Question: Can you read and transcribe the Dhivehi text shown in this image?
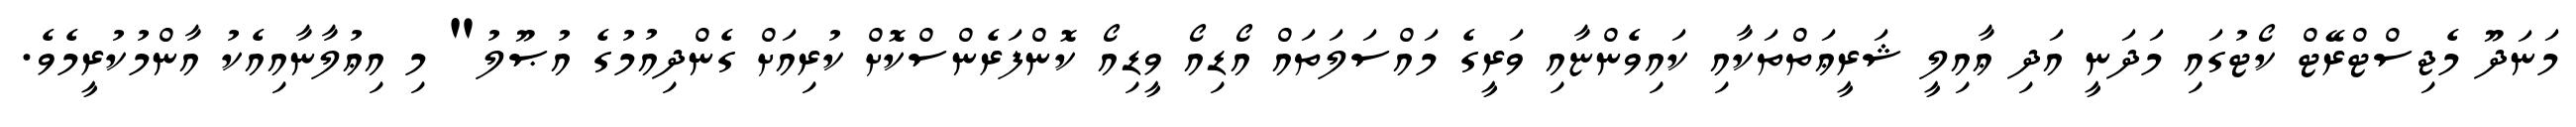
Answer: މަނަދޫ މެޖިސްޓްރޭޓް ކޯޓުގައި މަދަނީ އަދި ޢާއިލީ ޝަރީޢަތްތަކާއި ކައިވެންޏާއި ވަރީގެ މައްސަލަތައް އޯޑިއޯ ވީޑިއޯ ކޮންފަރެންސްކޮށް ކުރިއަށް ގެންދިއުމުގެ އުޞޫލު" މި އިޢުލާނާއިއެކު އާންމުކުރީމެވެ.